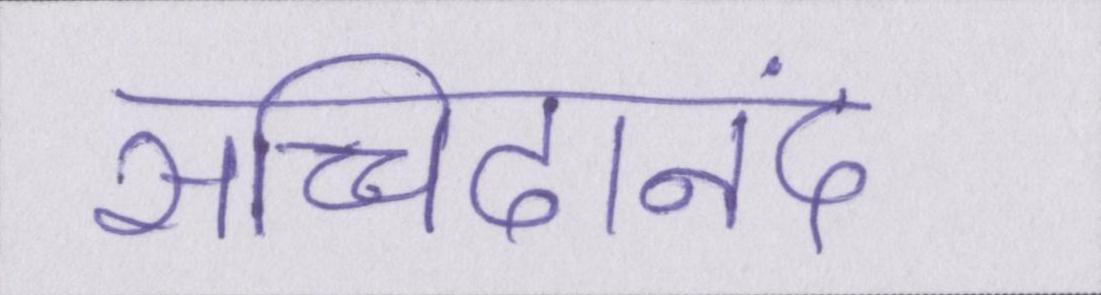
सच्चिदानंद